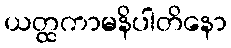
ယတ္ထကာမနိပါတိနော